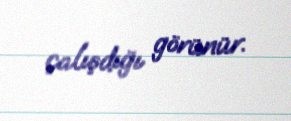
çalışdığı görünür.